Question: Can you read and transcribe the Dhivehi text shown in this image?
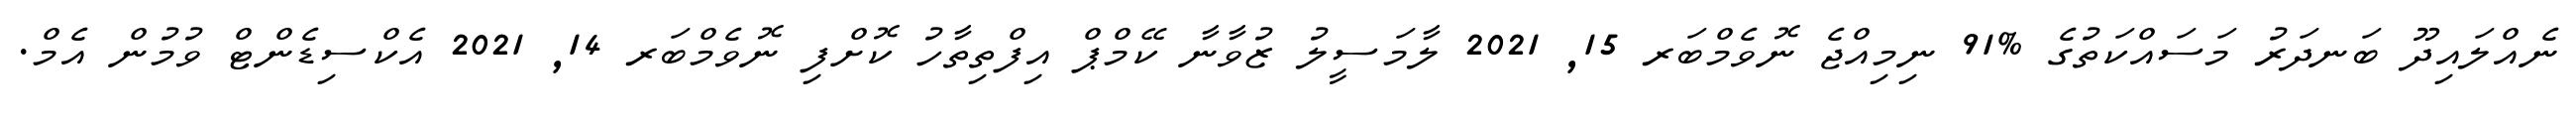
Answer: ނެއްލައިދޫ ބަނދަރު މަސައްކަތުގެ %91 ނިމިއްޖެ ނޮވެމްބަރ 15, 2021 ލާމަސީލު ޒުވާނާ ކޭމްޕް އިފްތިތާހު ކޮށްފި ނޮވެމްބަރ 14, 2021 އެކްސިޑެންޓް ވުމުން އެމް.